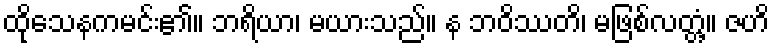
ထိုသေနကမင်း၏။ ဘရိယာ၊ မယားသည်။ န ဘဝိဿတိ၊ မဖြစ်လတ္တံ့။ ဇဟိ